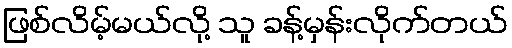
ဖြစ်လိမ့်မယ်လို့ သူ ခန့်မှန်းလိုက်တယ်